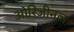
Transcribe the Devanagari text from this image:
ओरिजीनल